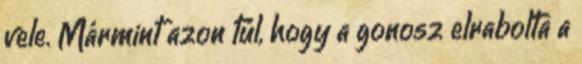
vele. Mármint azon túl, hogy a gonosz elrabolta a